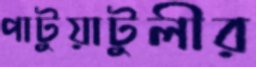
পাটুয়াটুলীর